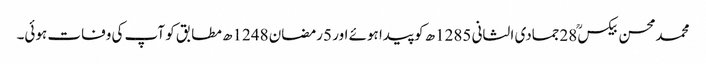
محمدمحسن بیکسؒ 28جمادی الثانی 1285ھ کو پیدا ہوئے اور 5رمضان 1248ھ مطابق کو آپ کی وفات ہوئی۔